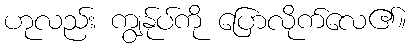
ဟုလည်း ကျွန်ုပ်ကို ပြောလိုက်လေ၏။